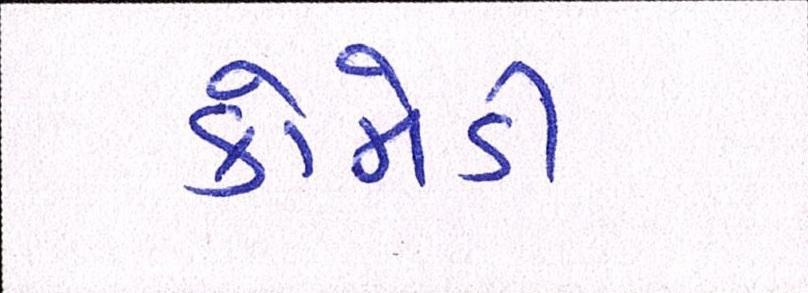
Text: કોમેડી